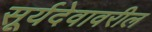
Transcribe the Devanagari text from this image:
सूर्यदेवावरील